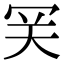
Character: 𡗺